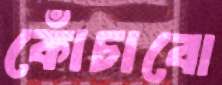
কোঁচাবো